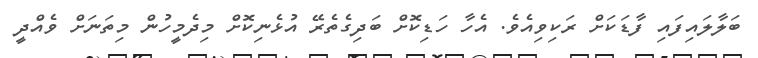
ބަލާލައިފައި ފާޑަކަށް ރަކިވިއެވެ. އެހާ ހަޑިކޮށް ބަދިގެތެރޭ އުޅެނިކޮށް މިދެމީހުން މިތަނަށް ވެއްދީ